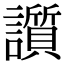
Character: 䜠